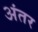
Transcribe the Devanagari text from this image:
अंंतर